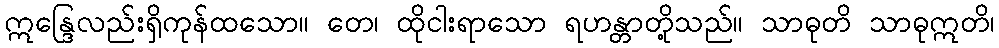
ဣန္ဒြေလည်းရှိကုန်ထသော။ တေ၊ ထိုငါးရာသော ရဟန္တာတို့သည်။ သာဓုတိ သာဓုဣတိ၊